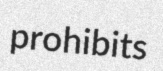
prohibits